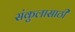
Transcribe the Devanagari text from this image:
संकुलासाठी